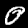
Digit: 0